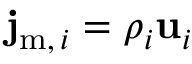
\mathbf { j } _ { \mathrm { { m } } , \, i } = \rho _ { i } \mathbf { u } _ { i }